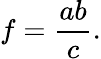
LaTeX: f={\frac{ab}{c}}.